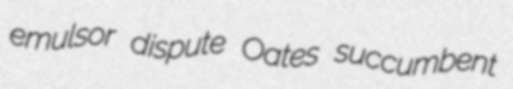
emulsor dispute Oates succumbent